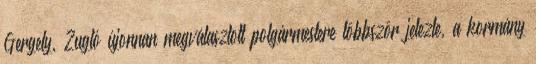
Gergely, Zugló újonnan megválasztott polgármestere többször jelezte, a kormány